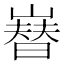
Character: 𡼫